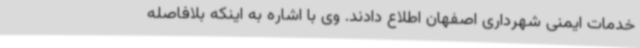
خدمات ایمنی شهرداری اصفهان اطلاع دادند. وی با اشاره به اینکه بلافاصله